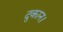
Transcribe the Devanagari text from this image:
दुकान।